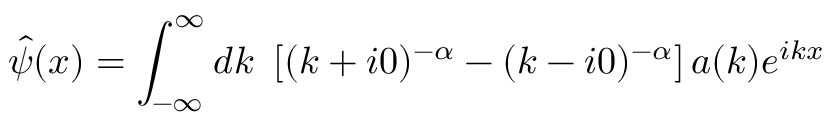
\hat { \psi } ( x ) = \int _ { - \infty } ^ { \infty } d k ~ \left[ ( k + i 0 ) ^ { - \alpha } - ( k - i 0 ) ^ { - \alpha } \right] a ( k ) e ^ { i k x }